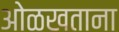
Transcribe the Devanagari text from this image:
ओळखताना